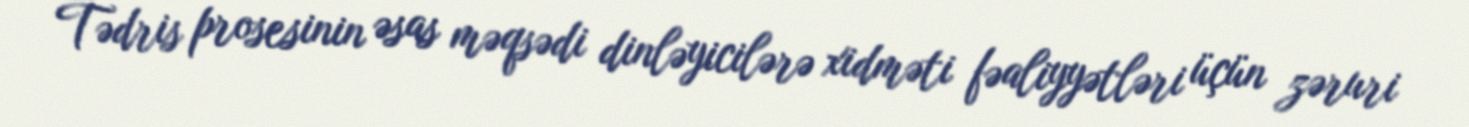
Tədris prosesinin əsas məqsədi dinləyicilərə xidməti fəaliyyətləri üçün zəruri